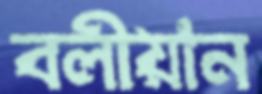
বলীয়ান